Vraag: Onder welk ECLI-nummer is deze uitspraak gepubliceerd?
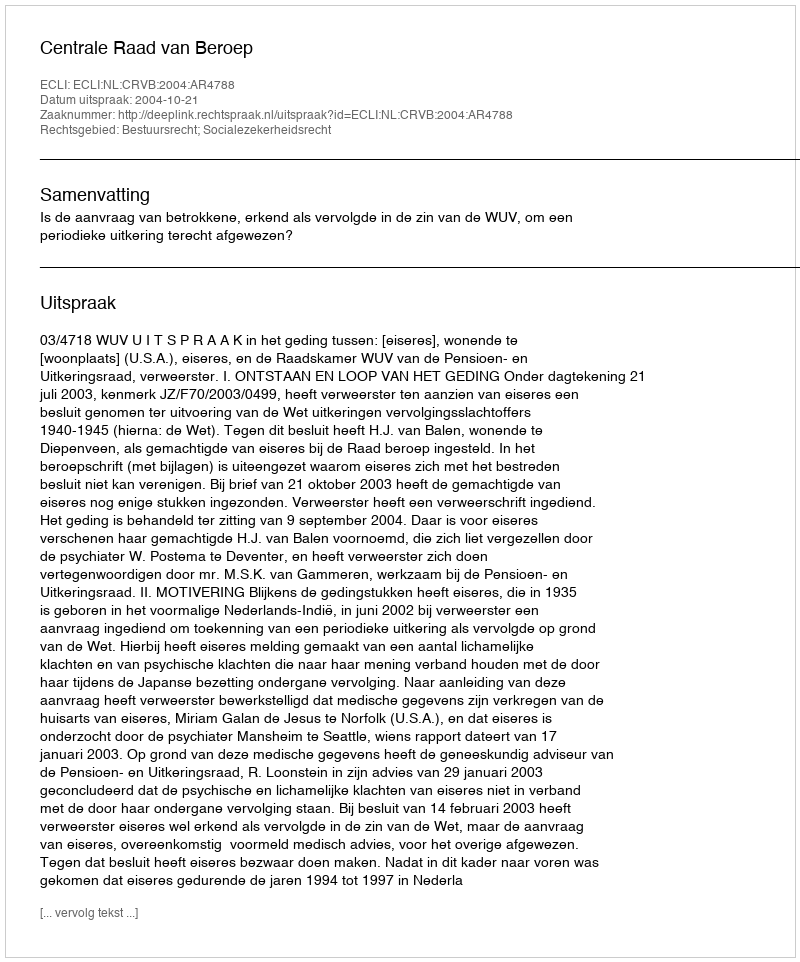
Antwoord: ECLI:NL:CRVB:2004:AR4788